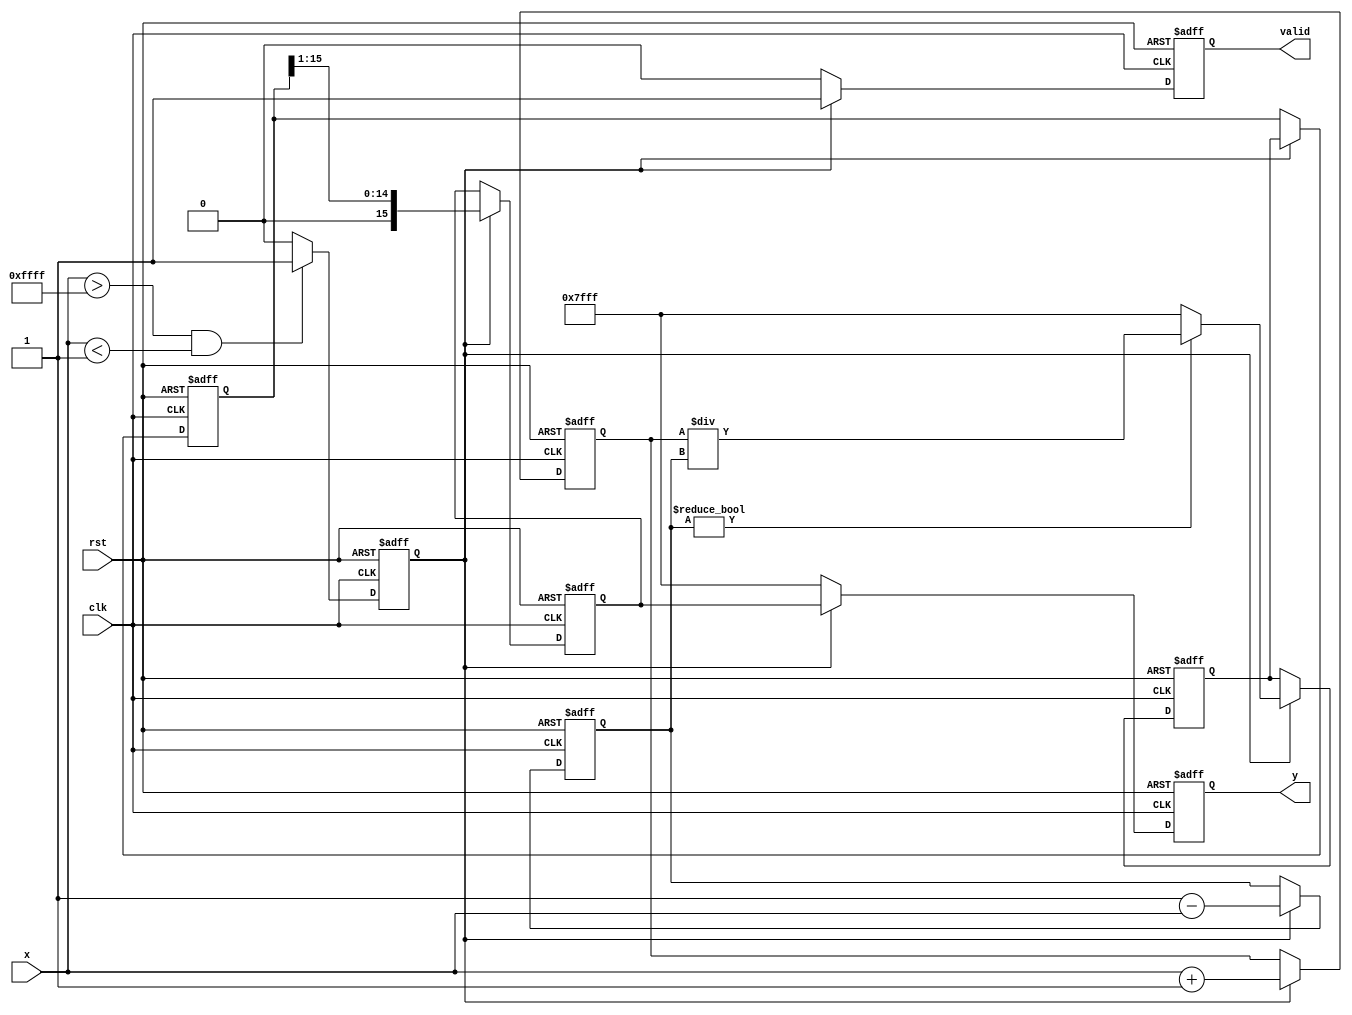
module atanh(
    input wire clk,
    input wire rst,
    input wire [15:0] x, // Fixed-point representation (Q1.15)
    output reg [15:0] y, // Fixed-point representation (Q1.15)
    output reg valid     // Output valid signal
);

    // Constants
    localparam Q1_15 = 16'h0001; // Fixed-point representation of 1
    localparam Q1_15_NEG_ONE = 16'hFFFF; // Fixed-point representation of -1
    localparam Q1_15_NAN = 16'h7FFF; // NaN representation for error

    // Internal signals
    reg [15:0] one_plus_x;
    reg [15:0] one_minus_x;
    reg [15:0] division_result;
    reg [15:0] log_result;
    reg [15:0] scaled_result;
    reg valid_range;

    // Range Check Module
    always @(posedge clk or posedge rst) begin
        if (rst) begin
            valid_range <= 1'b0;
        end else begin
            if (x > Q1_15_NEG_ONE && x < Q1_15) begin
                valid_range <= 1'b1;
            end else begin
                valid_range <= 1'b0;
            end
        end
    end

    // Arithmetic Module for 1+x and 1-x
    always @(posedge clk or posedge rst) begin
        if (rst) begin
            one_plus_x <= 16'b0;
            one_minus_x <= 16'b0;
        end else if (valid_range) begin
            one_plus_x <= x + Q1_15;
            one_minus_x <= Q1_15 - x;
        end
    end

    // Division Module
    always @(posedge clk or posedge rst) begin
        if (rst) begin
            division_result <= 16'b0;
        end else if (valid_range) begin
            if (one_minus_x != 16'b0) begin
                division_result <= one_plus_x / one_minus_x; // Fixed-point division
            end else begin
                division_result <= Q1_15_NAN; // Handle division by zero
            end
        end
    end

    // Natural Logarithm Module (Placeholder)
    // Implement a logarithm function here (e.g., CORDIC, LUT, etc.)
    always @(posedge clk or posedge rst) begin
        if (rst) begin
            log_result <= 16'b0;
        end else if (valid_range) begin
            log_result <= ln(division_result); // Placeholder for logarithm function
        end
    end

    // Scaling Module
    always @(posedge clk or posedge rst) begin
        if (rst) begin
            scaled_result <= 16'b0;
        end else if (valid_range) begin
            scaled_result <= log_result >> 1; // Multiply by 0.5 (right shift)
        end
    end

    // Output Logic
    always @(posedge clk or posedge rst) begin
        if (rst) begin
            y <= 16'b0;
            valid <= 1'b0;
        end else if (valid_range) begin
            y <= scaled_result;
            valid <= 1'b1;
        end else begin
            y <= Q1_15_NAN; // Output NaN if out of range
            valid <= 1'b0;
        end
    end

    // Placeholder for the logarithm function
    function [15:0] ln;
        input [15:0] value;
        begin
            // Implement logarithm calculation here
            // This is a placeholder and should be replaced with actual implementation
            ln = value; // Replace with actual logarithm calculation
        end
    endfunction

endmodule